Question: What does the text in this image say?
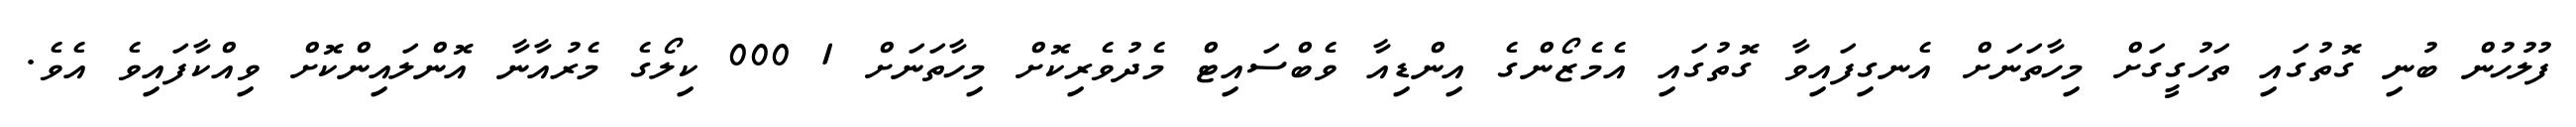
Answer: ފުލުހުން ބުނި ގޮތުގައި ތަހުގީގަށް މިހާތަނަށް އެނގިފައިވާ ގޮތުގައި އެމެޒޯންގެ އިންޑިއާ ވެބްސައިޓް މެދުވެރިކޮށް މިހާތަނަށް 1 000 ކިލޯގެ މެރުއާނާ އޮންލައިންކޮށް ވިއްކާފައިވެ އެވެ.